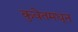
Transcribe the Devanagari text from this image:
कुवेतमधून